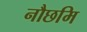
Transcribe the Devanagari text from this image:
नौछमि